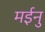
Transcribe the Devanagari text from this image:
मईनु